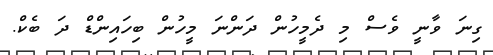
ގިނަ ވާނީ ވެސް މި ދެމީހުން ދަންނަ މީހުން ބިހައިންޑް ދަ ބެކް.